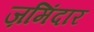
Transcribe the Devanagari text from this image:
ज़मिंदार